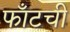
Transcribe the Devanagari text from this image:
फाँटची